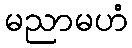
မညာမဟံ